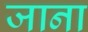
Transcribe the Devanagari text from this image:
जाना